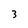
Character: 3